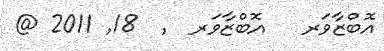
އޮބްޒާވަރ   އޮބްޒާވަރ